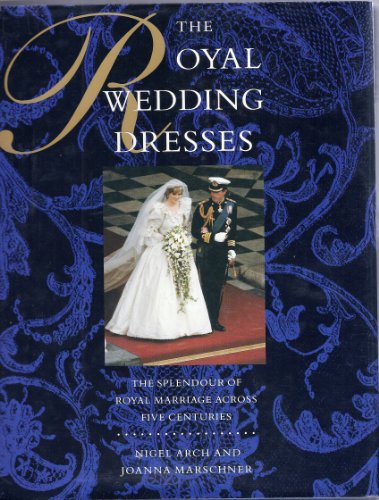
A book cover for The Royal Wedding Dresses; Nigel Arch; Crafts, Hobbies & Home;